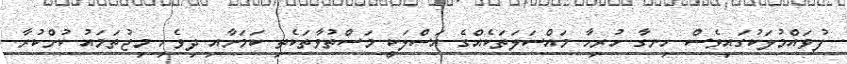
ފުވައްމުލަކުގައިވެސް ހިނގާ ހުރިހާ މައްސަލަތަކެއްގެ އަސްލަކީ މަސްތުވާތަކެތި ކަމަށާއި ދިވެހި މިޖުތަމައު ކުށްކުރާ